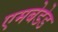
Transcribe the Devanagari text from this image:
एमबेडेड